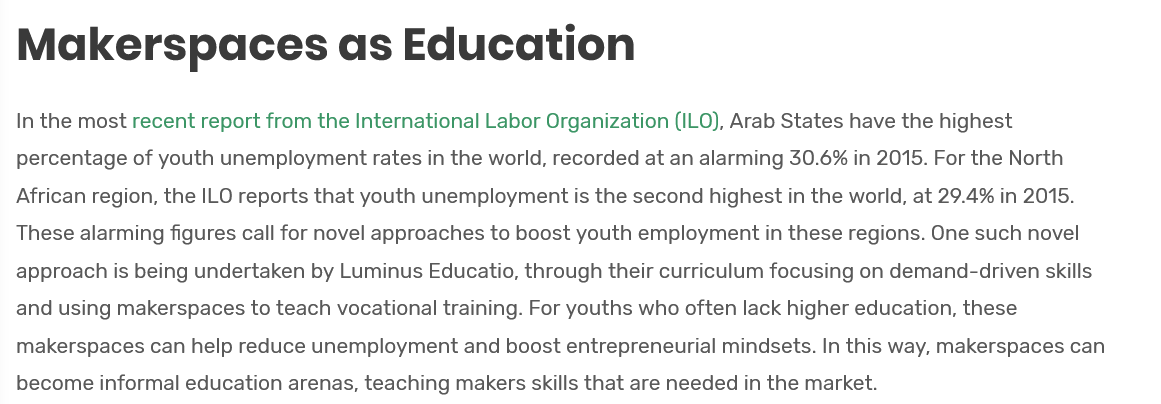
Makerspaces    as    Education
  In the most recent report from the International Labor Organization (ILO), Arab States have the highest
  percentage of youth unemployment rates in the world, recorded at an alarming 30.6% in 2015. For the North
  African region, the ILO reports that youth unemployment is the second highest in the world, at 29.4% in 2015.
  These alarming figures call for novel approaches to boost youth employment in these regions. One such novel
  approach is being undertaken by Luminus Educatio, through their curriculum focusing on demand-driven skills
  and using makerspaces to teach vocational training. For youths who often lack higher education, these
  makerspaces can help reduce unemployment and boost entrepreneurial mindsets. In this way, makerspaces can
  become informal education arenas, teaching makers skills that are needed in the market.